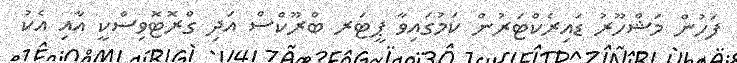
ފަހުން މަޝްހޫރު ޑައިރެކްޓަރުން ކަމުގައިވާ ޕީޓަރ ބްރޫކްސް އަދި ގްރޮޓޮވިސްކީ އާއި އެކު